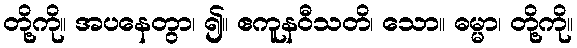
တို့ကို။ အပနေတွာ၊ ၍။ ဧကူနဝီသတိ၊ သော။ ဓမ္မာ၊ တို့ကို။